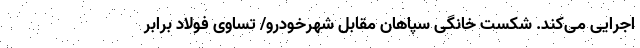
اجرایی می‌کند. شکست خانگی سپاهان مقابل شهرخودرو/ تساوی فولاد برابر